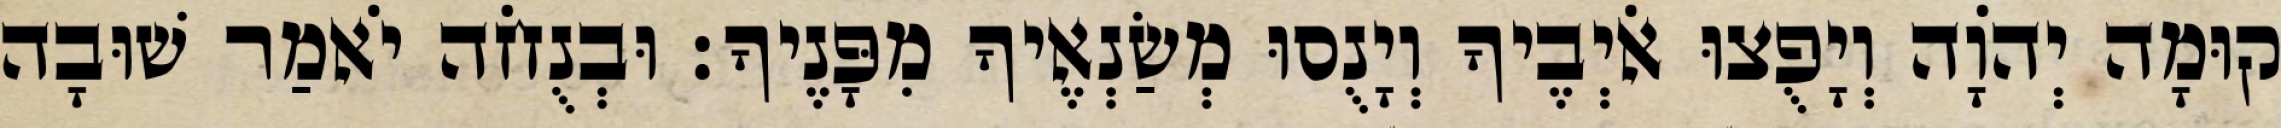
קוּמָה יְהֹוָה וְיָפֻצוּ אֹיְבֶיךָ וְיָנֻסוּ מְשַׂנְאֶיךָ מִפָּנֶיךָ׃ וּבְנֻחֹה יֹאמַר שׁוּבָה